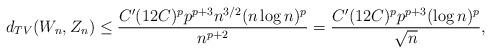
LaTeX: \begin{align*}d_{TV}(W_n,Z_n)\le \frac{C'(12C)^p p^{p+3} n^{3/2} (n\log n)^p}{n^{p+2}}=\frac{C' (12C)^p p^{p+3} (\log n)^p}{\sqrt n},\end{align*}